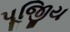
પૂજિીય